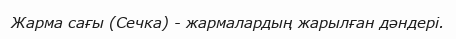
Жарма сағы (Сечка) - жармалардың жарылған дәндері.